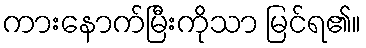
ကားနောက်မြီးကိုသာ မြင်ရ၏။